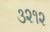
૩૨૧૨